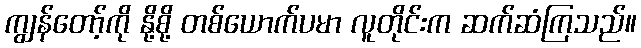
ကျွန်တော့်ကို နို့စို့ တစ်ယောက်ပမာ လူတိုင်းက ဆက်ဆံကြသည်။